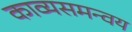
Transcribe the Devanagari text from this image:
काव्यसमन्वय